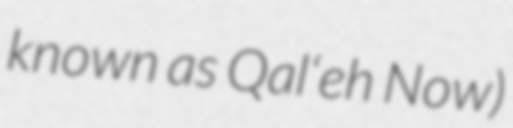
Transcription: known as Qal‘eh Now)